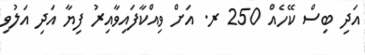
އަދި ބިސް ކޭހެއް 250 ރ. އަށް ވިއްކާފައިވާއިރު ފިޔާ އަދި އަލުވި